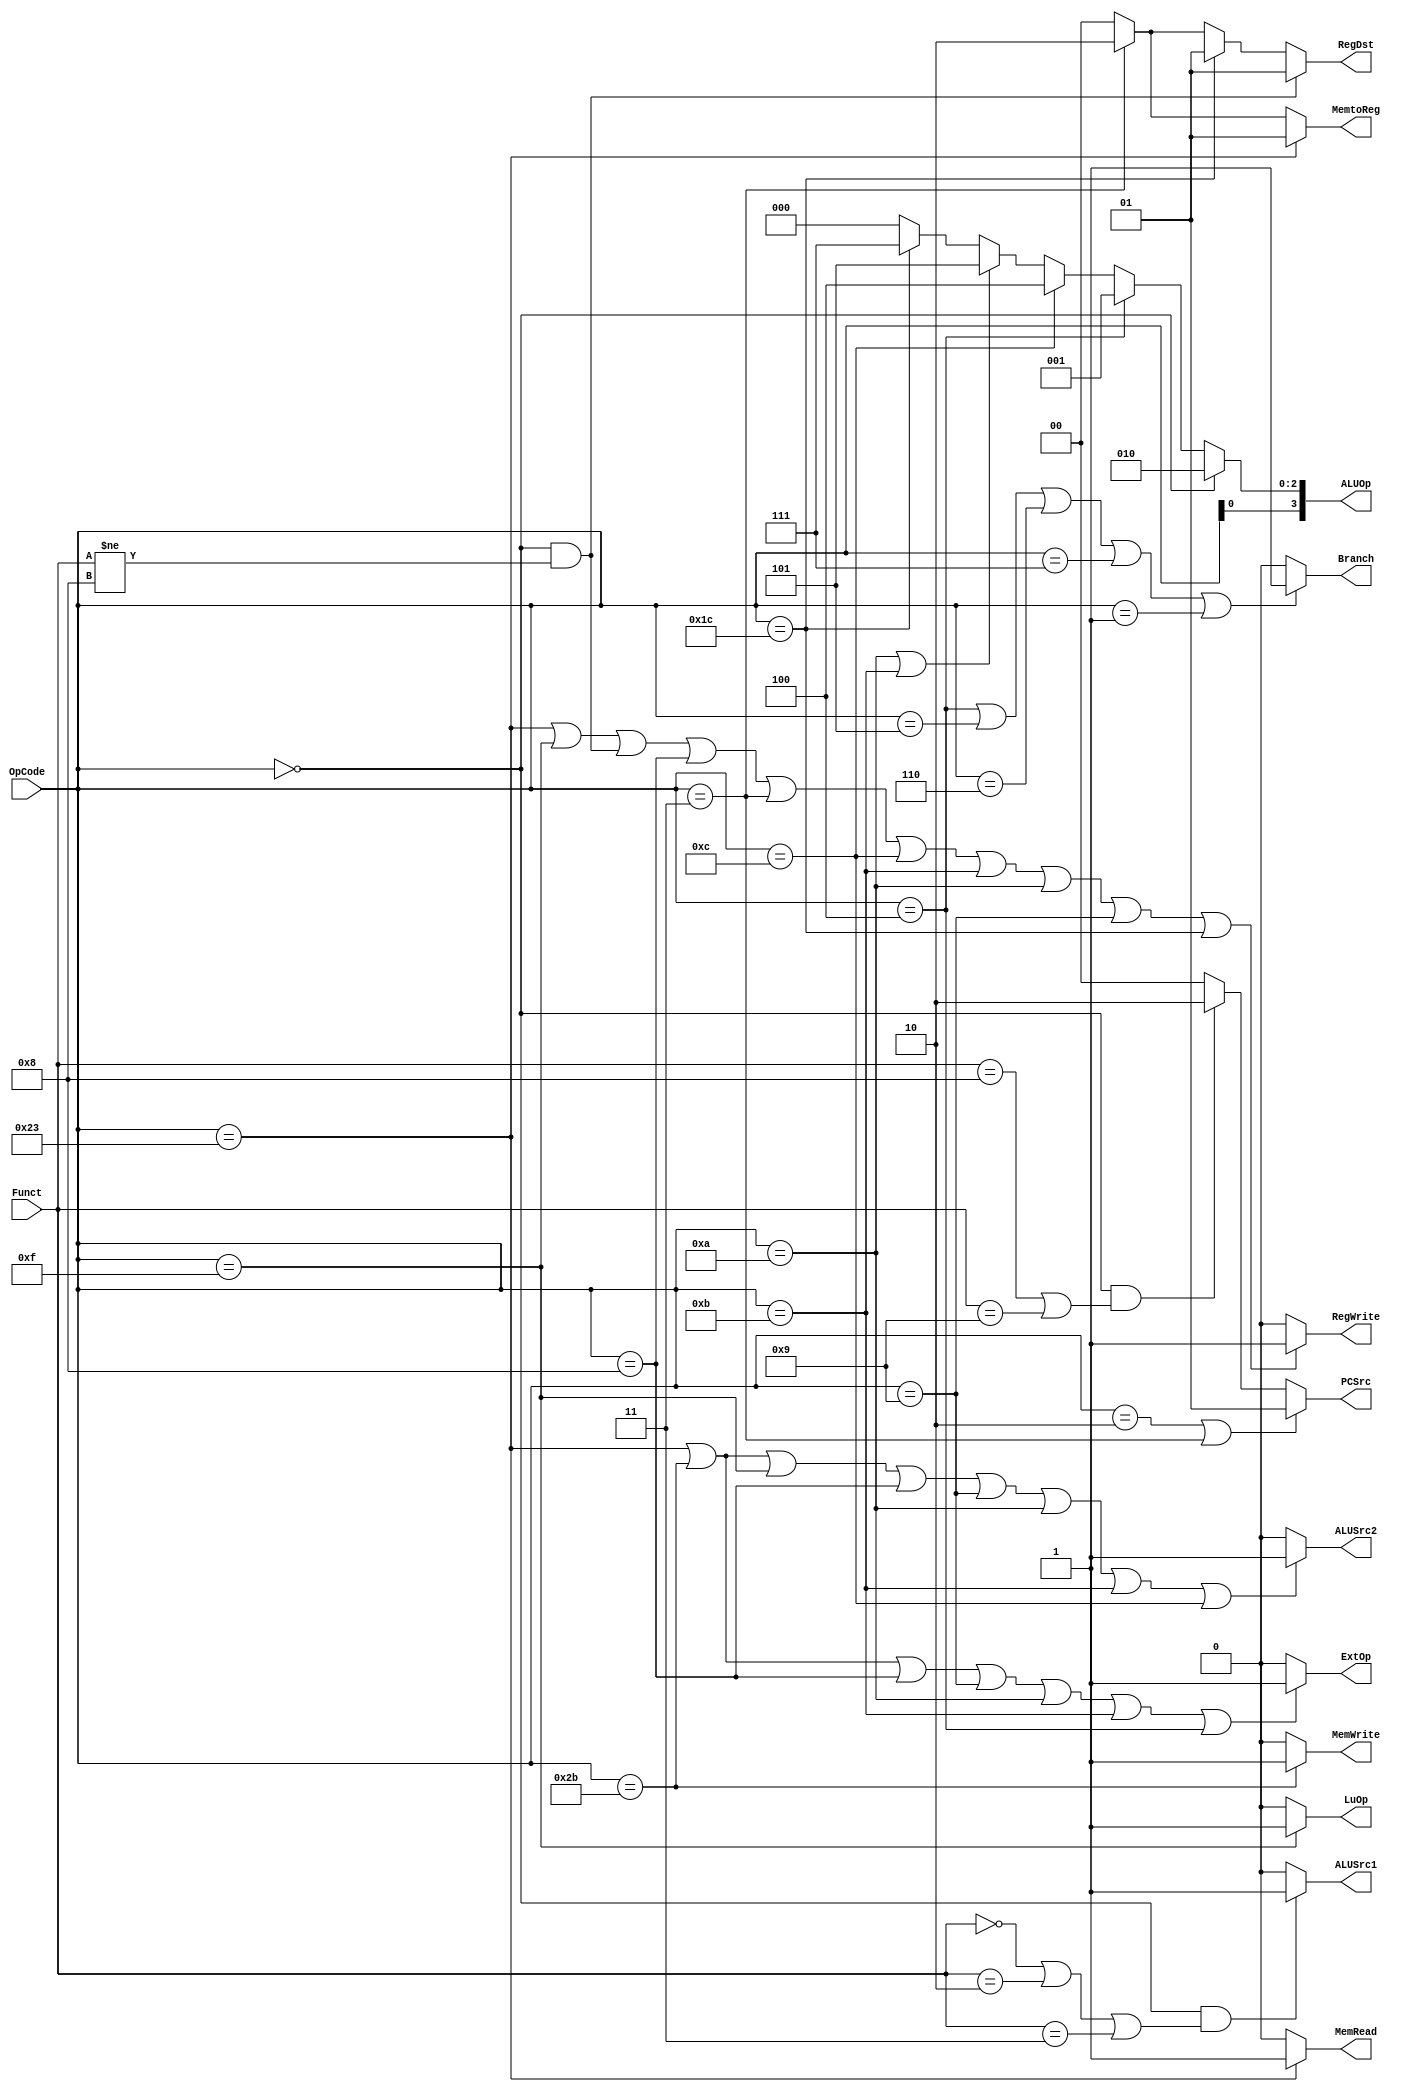

module Control(
	input  [6 -1:0] OpCode   ,
	input  [6 -1:0] Funct    ,
	output [2 -1:0] PCSrc    ,
	output Branch            ,
	output RegWrite          ,
	output [2 -1:0] RegDst   ,
	output MemRead           ,
	output MemWrite          ,
	output [2 -1:0] MemtoReg ,
	output ALUSrc1           ,
	output ALUSrc2           ,
	output ExtOp             ,
	output LuOp              ,
	output [4 -1:0] ALUOp    
);
	
	// Add your code below (for question 2)

	// Your code below (for question 1)
    assign PCSrc[1:0] = (OpCode == 6'h02 ||OpCode == 6'h03)? 2'b01:(OpCode == 6'h00&& (Funct == 6'h08|| Funct == 6'h09))? 2'b10: 2'b00;
	    
	assign Branch =(OpCode == 6'h04 || OpCode == 6'h05 || OpCode == 6'h06 || OpCode == 6'h07 || OpCode == 6'h01)? 1'b1:1'b0;
	    
	assign RegWrite =( (OpCode == 6'h23)||(OpCode == 6'h0f)|| (OpCode == 6'h00 && Funct != 6'h08)|| (OpCode == 6'h08)||(OpCode == 6'h03)|| (OpCode == 6'h0c)||(OpCode == 6'h0b)||(OpCode == 6'h0a)||(OpCode == 6'h09) ||(OpCode == 6'h1c) )? 1'b1:1'b0;
	
	assign RegDst[1:0] =  (OpCode == 6'h00 && Funct != 6'h08)? 2'b01: (OpCode == 6'h1c)? 2'b01:(OpCode == 6'h03)? 2'b10:2'b00;
	   
	assign MemRead =(OpCode == 6'h23)? 1'b1: 1'b0;
	    
	assign MemWrite =(OpCode == 6'h2b)? 1'b1:1'b0;
	
	assign MemtoReg[1:0] =(OpCode == 6'h23)? 2'b01:(OpCode == 6'h03)? 2'b10: 2'b00;
	    
	assign ALUSrc1 =(OpCode == 6'h00&&(Funct == 6'h00||Funct == 6'h02||Funct == 6'h03))?1'b1:1'b0;
   
	assign ALUSrc2 =( (OpCode == 6'h23)||(OpCode == 6'h2b)||(OpCode == 6'h0f)||(OpCode == 6'h08)||(OpCode == 6'h09)||(OpCode == 6'h0a)||(OpCode == 6'h0b)||(OpCode == 6'h0c) )?1'b1:1'b0;
	    
	assign ExtOp = (  (OpCode == 6'h23)||(OpCode == 6'h2b)||(OpCode == 6'h08)||(OpCode == 6'h09)|| (OpCode == 6'h0a)||(OpCode == 6'h0b)||(OpCode == 6'h04) )?1'b1:1'b0;
    
    assign LuOp =(OpCode == 6'h0f)? 1'b1:1'b0;      
	
	assign ALUOp[2:0] = (OpCode == 6'h00)? 3'b010: (OpCode == 6'h04)? 3'b001: (OpCode == 6'h0c)? 3'b100: (OpCode == 6'h0a || OpCode == 6'h0b)? 3'b101: (OpCode == 6'h1c)? 3'b111:3'b000;
		
	assign ALUOp[3] = OpCode[0];


	// Add your code above (for question 2)
	
endmodule